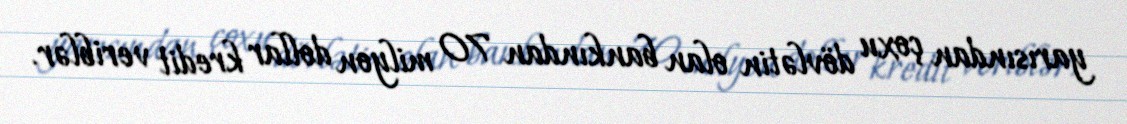
yarısından çoxu dövlətin olan bankından 70 milyon dollar kredit veriblər.